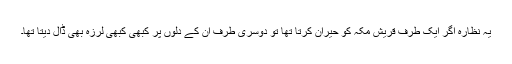
یہ نظارہ اگر ایک طرف قریش مکہ کو حیران کرتا تھا تو دوسری طرف ان کے دلوں پر کبھی کبھی لرزہ بھی ڈال دیتا تھا۔